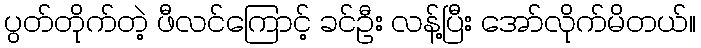
ပွတ်တိုက်တဲ့ ဖီလင်ကြောင့် ခင်ဦး လန့်ပြီး အော်လိုက်မိတယ်။